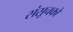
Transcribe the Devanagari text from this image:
संसूचको